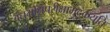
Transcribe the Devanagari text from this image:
बंधमोक्षपरीक्षामुदृंकयति